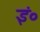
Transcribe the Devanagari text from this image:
इं०